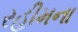
રહીમના